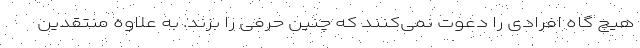
هیچ گاه افرادی را دعوت نمی‌کنند که چنین حرفی را بزند. به علاوه منتقدین